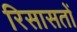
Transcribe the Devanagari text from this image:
रिसासतों